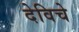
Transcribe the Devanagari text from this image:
देविचे